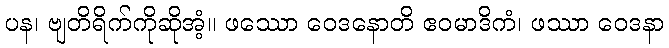
ပန၊ ဗျတိရိက်ကိုဆိုအံ့။ ဖဿော ဝေဒနောတိ ဧဝမာဒိကံ၊ ဖဿာ ဝေဒနာ